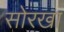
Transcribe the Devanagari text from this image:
सोरखा